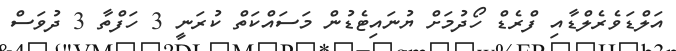
އަލްޑަވެރެލްޑާއި ފްރެޑް ހޯދުމަށް ޔުނައިޓެޑުން މަސައްކަތް ކުރަނީ 3 ހަފްތާ 3 ދުވަސް